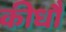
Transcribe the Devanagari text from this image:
कीधौं